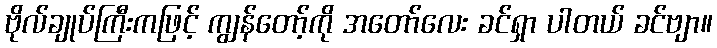
ဗိုလ်ချုပ်ကြီးကဖြင့် ကျွန်တော့်ကို အတော်လေး ခင်ရှာ ပါတယ် ခင်ဗျာ။